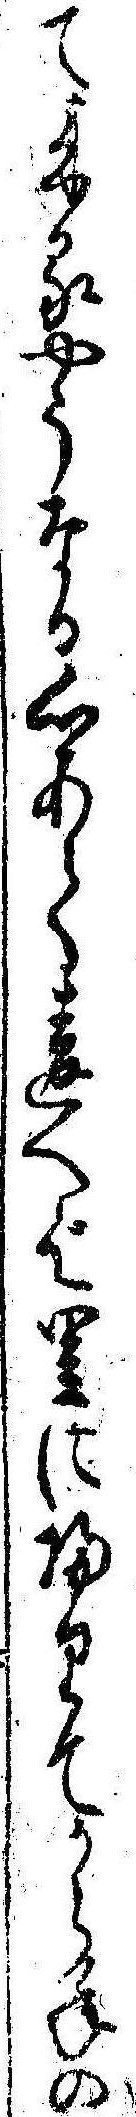
て来るやうなる心あて違へば里に帰りてから年の